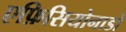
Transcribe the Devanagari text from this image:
एफ़िसियोनाडो